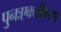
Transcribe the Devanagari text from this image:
पुनःएकत्रीकरण